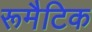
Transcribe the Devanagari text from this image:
रूमैटिक